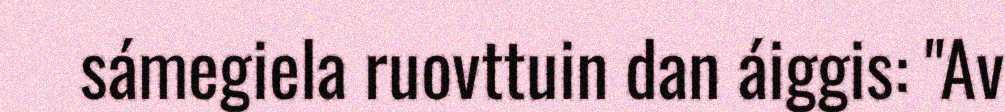
sámegiela ruovttuin dan áiggis: "Av